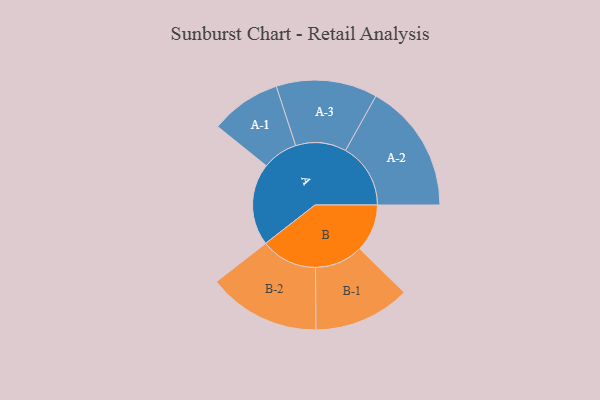
{"axis": {"x": "Segment", "y": "Value"}, "legend": ["", "A", "B"], "data": [{"x": "A", "y": 318, "type": ""}, {"x": "B", "y": 184, "type": ""}, {"x": "A-1", "y": 137, "type": "A"}, {"x": "A-2", "y": 252, "type": "A"}, {"x": "A-3", "y": 196, "type": "A"}, {"x": "B-1", "y": 187, "type": "B"}, {"x": "B-2", "y": 218, "type": "B"}]}